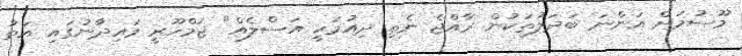
މޫސުމަށް އަންނަ ބަދަލުތަކުން ރާއްޖެ ނެތި ދިއުމަކީ އަސްލެއް" ޖުމްހޫރީ މައިދާނުގައި އަތު